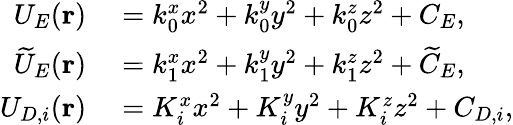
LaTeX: \begin{array}{rl}{U_{E}(\mathbf{r})}&{{}=k_{0}^{x}x^{2}+k_{0}^{y}y^{2}+k_{0}^{z}z^{2}+C_{E},}\\ {\widetilde{U}_{E}(\mathbf{r})}&{{}=k_{1}^{x}x^{2}+k_{1}^{y}y^{2}+k_{1}^{z}z^{2}+\widetilde{C}_{E},}\\ {U_{D,i}(\mathbf{r})}&{{}=K_{i}^{x}x^{2}+K_{i}^{y}y^{2}+K_{i}^{z}z^{2}+C_{D,i},}\end{array}